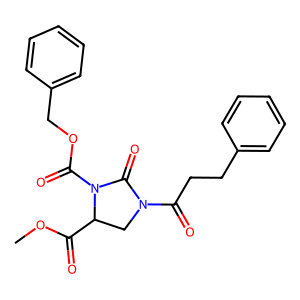
SMILES: COC(=O)C1CN(C(=O)CCc2ccccc2)C(=O)N1C(=O)OCc1ccccc1
Inhibits HIV replication: No